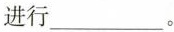
进行___。